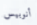
أنوبيس